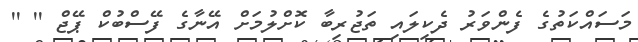
މަސައްކަތުގެ ފެންވަރު ދެކިލައި ތަޖުރިބާ ކޮށްލުމަށް އޭނާގެ ފޭސްބުކް ޕޭޖް '' ''